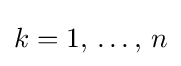
k=1,\,\dots ,\,n